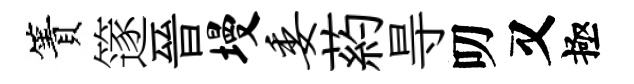
簀篴晉墁委葯㝵叨又極